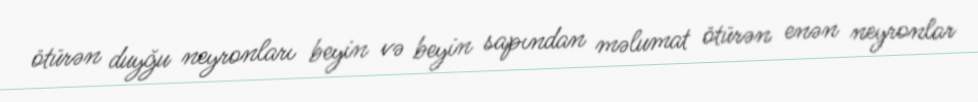
ötürən duyğu neyronları beyin və beyin sapından məlumat ötürən enən neyronlar